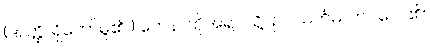
(အတ္ထိ၊ ရှိတော်မူ၏။) တေန၊ ထိုအရပ်သို့။ ဥပသင်္ကမိ၊ ကပ်လေ၏။